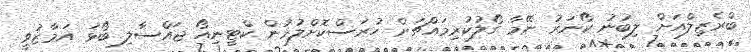
ބްރެޒިލްއަށް ލިބުނު ކޯނަރު ނޭމާ ގޯލުކުރިމައްޗަށް ހުރަސްކޮށްލުމުން ކްޓީނިއޯ ޖައްސާލި ބޯޅަ އަމާޒުވީ